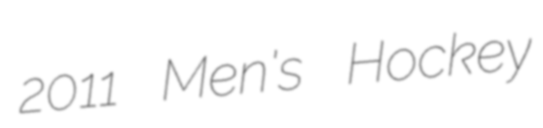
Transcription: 2011 Men's Hockey